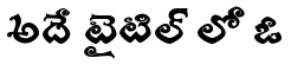
అదే టైటిల్ లో ఓ